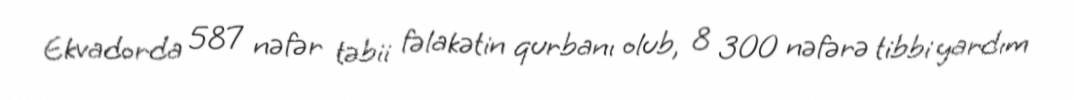
Ekvadorda 587 nəfər təbii fəlakətin qurbanı olub, 8 300 nəfərə tibbi yardım